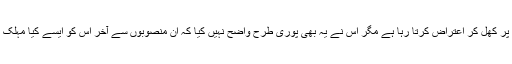
اگرچہ بھارت چین کے ایسے کئی منصوبوں خصوصا ًسی پیک پر کھل کر اعتراض کرتا رہا ہے مگر اس نے یہ بھی پوری طرح واضح نہیں کیا کہ ان منصوبوں سے آخر اس کو ایسے کیا مہلک تحفظات لا حق ہیں جو اسے ایک پل سکون نہیں لینے دے رہے۔